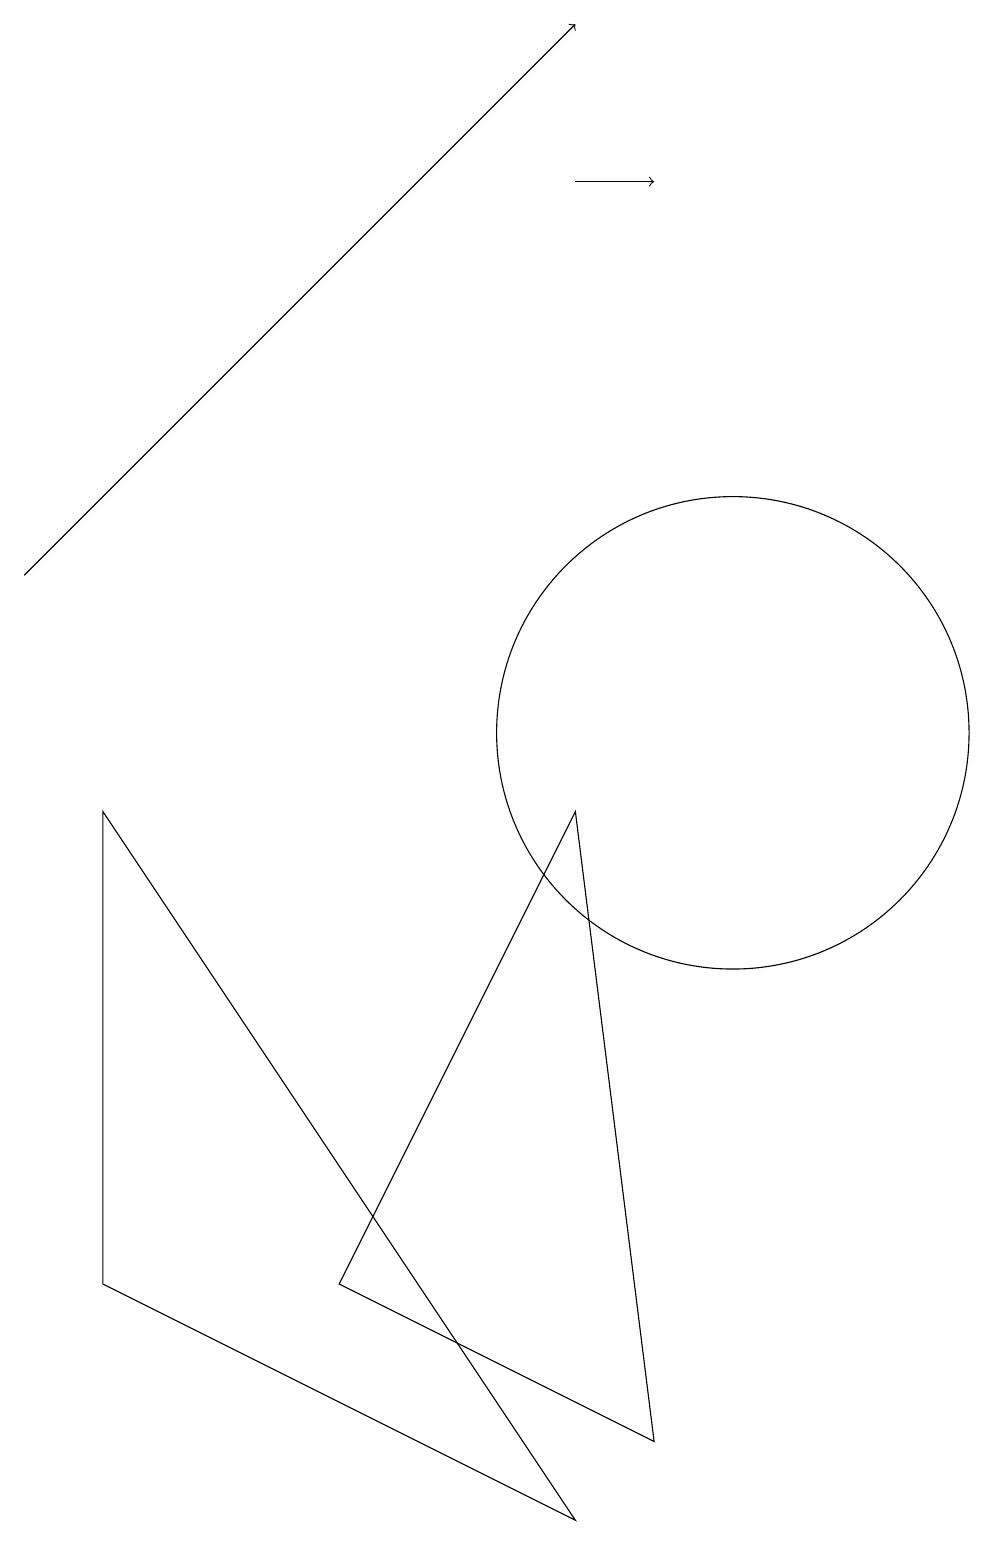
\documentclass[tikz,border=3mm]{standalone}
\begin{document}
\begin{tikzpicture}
\draw (8,9) -- (9,1) -- (5,3) -- cycle;
\draw (2,9) -- (8,0) -- (2,3) -- cycle;
\draw[->] (1,12) -- (8,19);
\draw (10,10) circle (3);
\draw[->] (8,17) -- (9,17);
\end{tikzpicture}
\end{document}